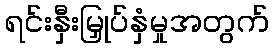
ရင်းနှီးမြှုပ်နှံမှုအတွက်